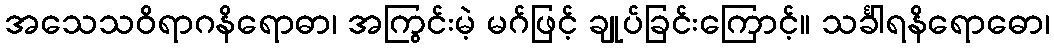
အသေသဝိရာဂနိရောဓာ၊ အကြွင်းမဲ့ မဂ်ဖြင့် ချုပ်ခြင်းကြောင့်။ သင်္ခါရနိရောဓော၊